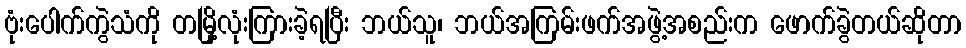
ဗုံးပေါက်ကွဲသံကို တမြို့လုံးကြားခဲ့ရပြီး ဘယ်သူ၊ ဘယ်အကြမ်းဖက်အဖွဲ့အစည်းက ဖောက်ခွဲတယ်ဆိုတာ